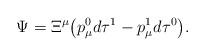
LaTeX: \begin{gather*}\Psi = \Xi^\mu \big(p^0_\mu d\tau^1 -p^1_\mu d\tau^0\big) .\end{gather*}